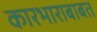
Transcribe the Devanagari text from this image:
कारभाराबाबत